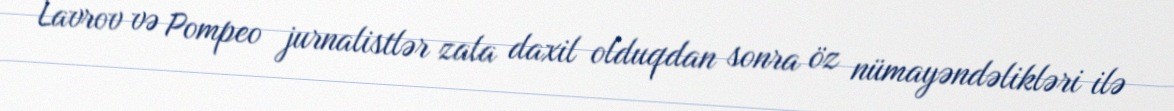
Lavrov və Pompeo jurnalistlər zala daxil olduqdan sonra öz nümayəndəlikləri ilə